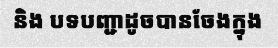
និង បទបញ្ជាដូចបានចែងក្នុង